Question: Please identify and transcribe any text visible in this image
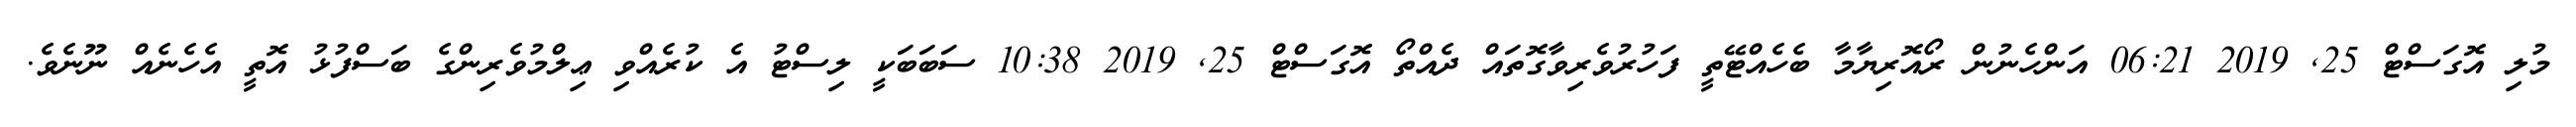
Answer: މުލި އޮގަސްޓް 25, 2019 06:21 އަންހެނުން ރޯއޮރިޔާމާ ބެހެއްޓޭތީ ފަހުރުވެރިވާގޮތައް ދެއްތޯ އޮގަސްޓް 25, 2019 10:38 ސަބަބަކީ ލިސްޓު އެ ކުރެއްވި ޢިލްމުވެރިންގެ ބަސްފުޅު އޮތީ އެހެނެއް ނޫނެވެ.